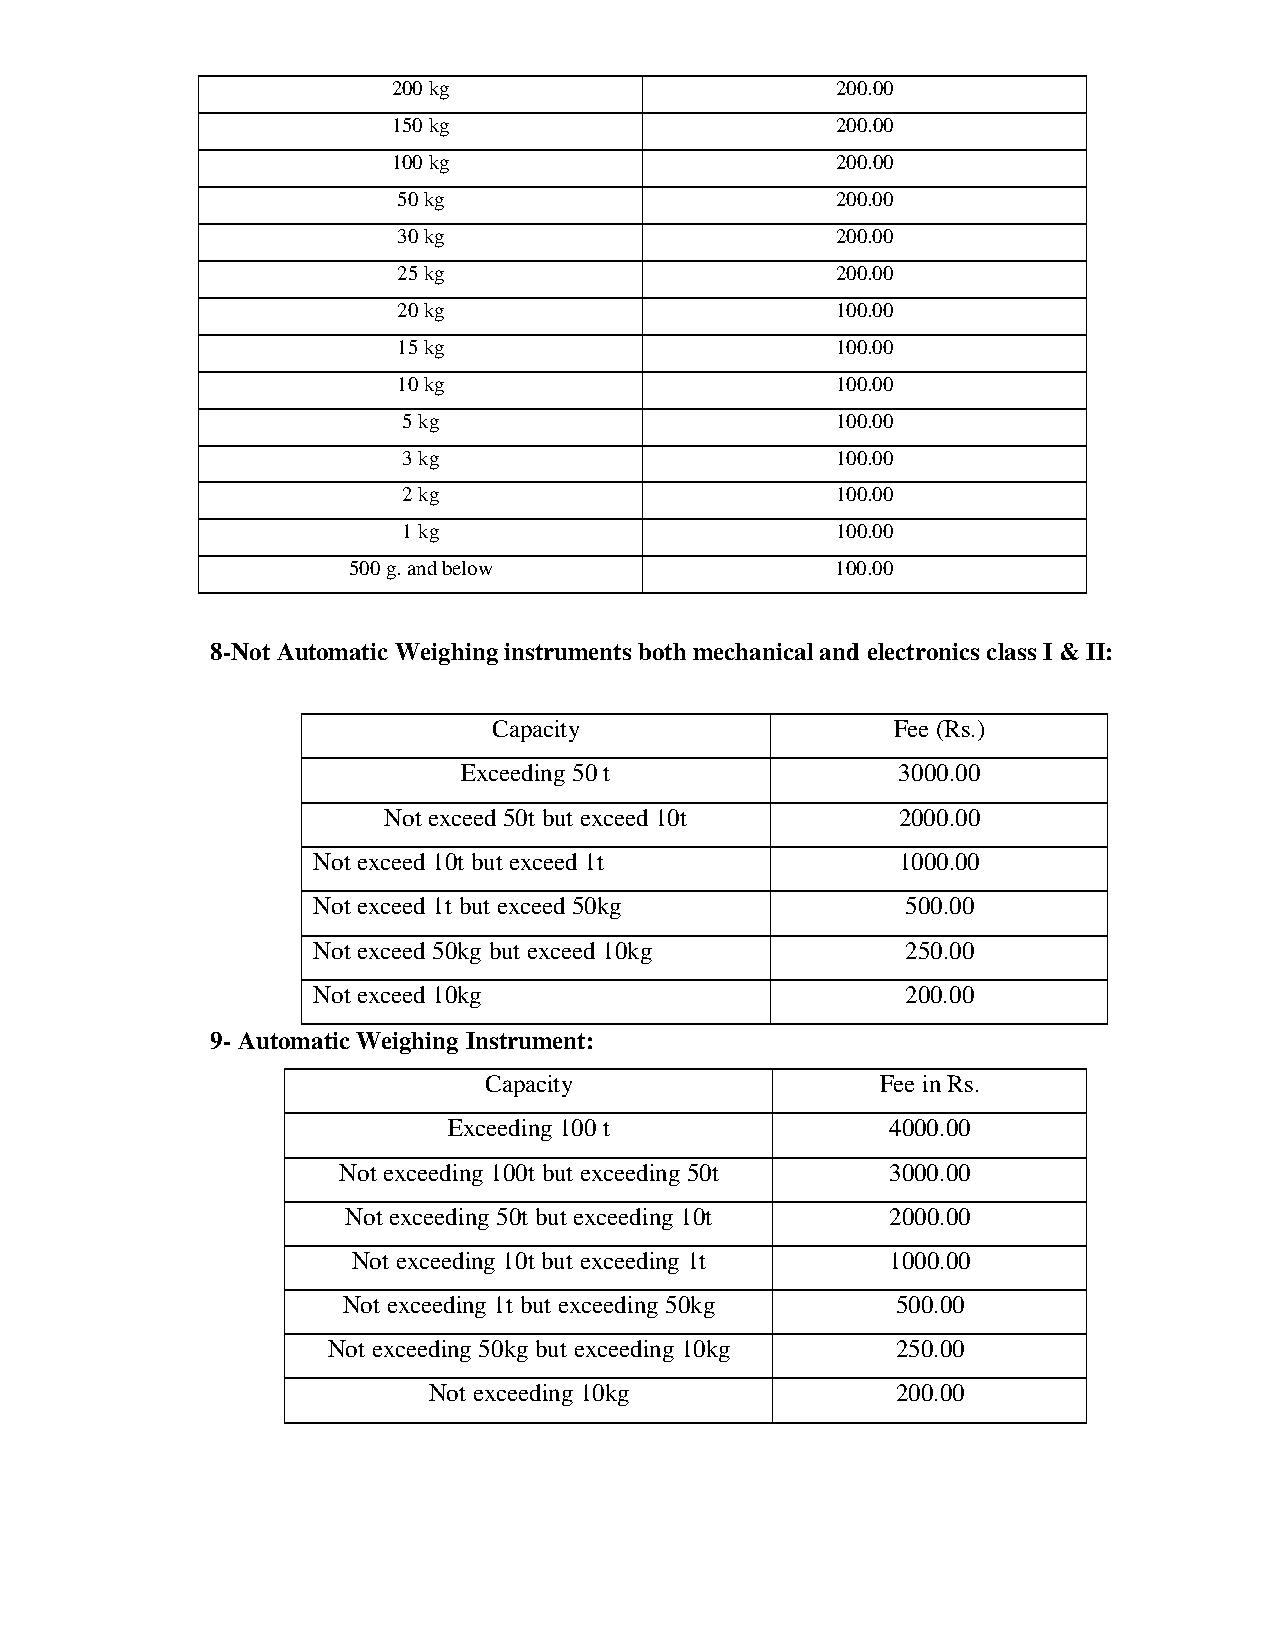
200 kg                       200.00
 150 kg                       200.00
 100 kg                       200.00
 50 kg                        200.00
 30 kg                        200.00
 25 kg                        200.00
 20 kg                        100.00
 15 kg                        100.00
 10 kg                        100.00
 5 kg                        100.00
 3 kg                        100.00
 2 kg                        100.00
 1 kg                        100.00
 500 g. and below                100.00
 8-Not Automatic Weighing instruments both mechanical and electronics class I & II:
 Capacity                  Fee (Rs.)
 Exceeding 50 t               3000.00
 Not exceed 50t but exceed 10t     2000.00
 Not exceed 10t but exceed 1t          1000.00
 Not exceed 1t but exceed 50kg          500.00
 Not exceed 50kg but exceed 10kg        250.00
 Not exceed 10kg                        200.00
 9- Automatic Weighing Instrument:
 Capacity                  Fee in Rs.
 Exceeding 100 t              4000.00
 Not exceeding 100t but exceeding 50t 3000.00
 Not exceeding 50t but exceeding 10t 2000.00
 Not exceeding 10t but exceeding 1t  1000.00
 Not exceeding 1t but exceeding 50kg 500.00
 Not exceeding 50kg but exceeding 10kg 250.00
 Not exceeding 10kg             200.00